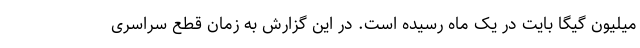
میلیون گیگا بایت در یک ماه رسیده است. در این گزارش به زمان قطع سراسری